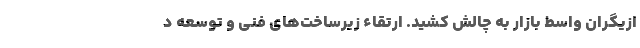
ازیگران واسط بازار به چالش کشید. ارتقاء زیرساخت‌های فنی و توسعه د